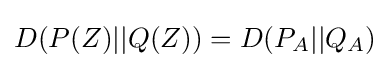
D(P(Z)||Q(Z))=D(P_{A}||Q_{A})